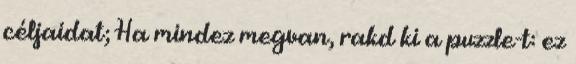
céljaidat; Ha mindez megvan, rakd ki a puzzle-t: ez